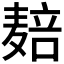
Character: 𱋝